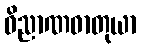
ဝိညာဏဓာတုယာ